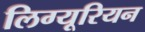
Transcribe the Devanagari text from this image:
लिग्यूरियन